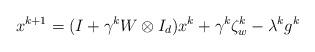
LaTeX: \begin{align*}x^{k+1}=(I+\gamma^k W\otimes I_d)x^k+\gamma^k \zeta_w^k-\lambda^k g^k\end{align*}